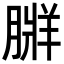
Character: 𦟃